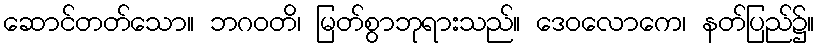
ဆောင်တတ်သော။ ဘဂဝတိ၊ မြတ်စွာဘုရားသည်။ ဒေဝလောကေ၊ နတ်ပြည်၌။